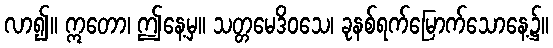
လာ၍။ ဣတော၊ ဤနေ့မှ။ သတ္တမေဒိဝသေ၊ ခုနစ်ရက်မြောက်သောနေ့၌။